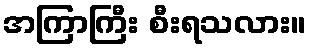
အကြာကြီး စီးရသလား။